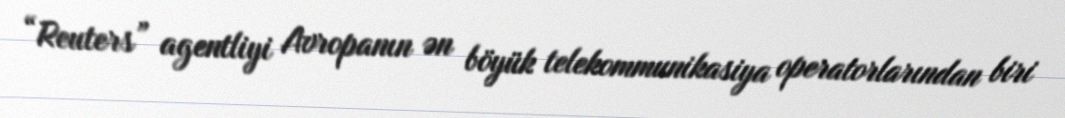
“Reuters” agentliyi Avropanın ən böyük telekommunikasiya operatorlarından biri